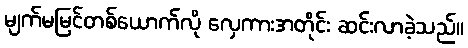
မျက်မမြင်တစ်ယောက်လို လှေကားအတိုင်း ဆင်းလာခဲ့သည်။